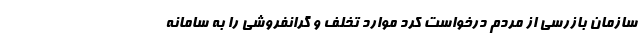
سازمان بازرسی از مردم درخواست کرد موارد تخلف و گرانفروشی را به سامانه